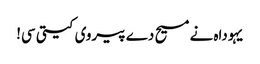
یہوداہ نے مسیح دے پیروی کیتی سی!